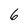
Character: 6